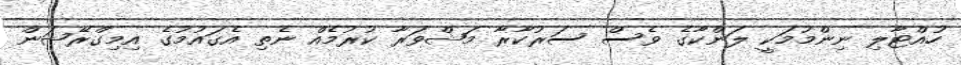
ހުއްޓާލި ނިންމުމަކީ ލަންކާގެ ވެސް ސަރުކާރާ މަޝްވަރާ ކުރުމެއް ނެތި އެގައުމުގެ އިމިގްރޭޝަން